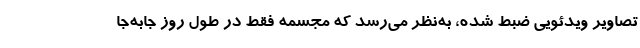
تصاویر ویدئویی ضبط شده، به‌نظر می‌رسد که مجسمه فقط در طول روز جابه‌جا